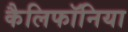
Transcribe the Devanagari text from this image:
कैलिफॉनिया